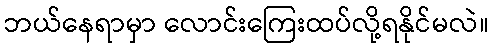
ဘယ်နေရာမှာ လောင်းကြေးထပ်လို့ရနိုင်မလဲ။